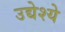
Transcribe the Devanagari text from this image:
उद्येश्ये